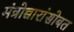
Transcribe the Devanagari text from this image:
मंत्रोच्चारांसोबत